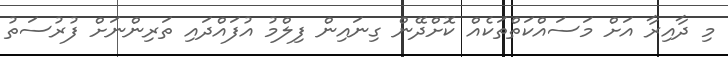
މި ދާއިރާ އަށް މަސައްކަތްތަކެއް ކޮށްދޭން ގިނައިން ފިލްމު އުފައްދައި ތަރިންނަށް ފުރުސަތު